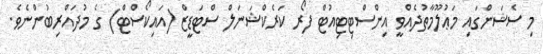
މި ސެޝަންގައި މަޢުލޫމާތުދެއްވީ އިންސްޓިޓިއުޓް ފޯރ ކަރެކްޝަނަލް ސްޓަޑީޒް (އައިކޯސްޓް) ގެ މުދައްރިބުންނެވެ.